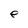
Character: e